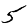
Digit: 5